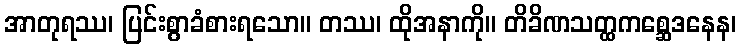
အာတုရဿ၊ ပြင်းစွာခံစားရသော။ တဿ၊ ထိုအနာကို။ တိခိဏသတ္ထကစ္ဆေဒနေန၊